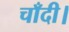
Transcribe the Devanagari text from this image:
चाँदी।